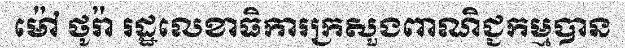
ម៉ៅ ថូរ៉ា រដ្ឋលេខាធិការក្រសួងពាណិជ្ជកម្មបាន